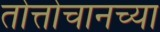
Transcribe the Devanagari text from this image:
तोत्तोचानच्या